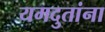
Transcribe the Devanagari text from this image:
यमदुतांना